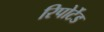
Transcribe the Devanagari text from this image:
रिपोर्टेड